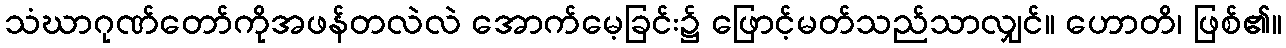
သံဃာဂုဏ်တော်ကိုအဖန်တလဲလဲ အောက်မေ့ခြင်း၌ ဖြောင့်မတ်သည်သာလျှင်။ ဟောတိ၊ ဖြစ်၏။